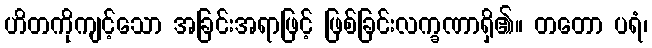
ဟိတကိုကျင့်သော အခြင်းအရာဖြင့် ဖြစ်ခြင်းလက္ခဏာရှိ၏။ တတော ပရံ၊